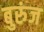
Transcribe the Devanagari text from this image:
बुरुंज